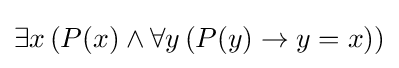
\exists x\,(P(x)\wedge \forall y\,(P(y)\to y=x))